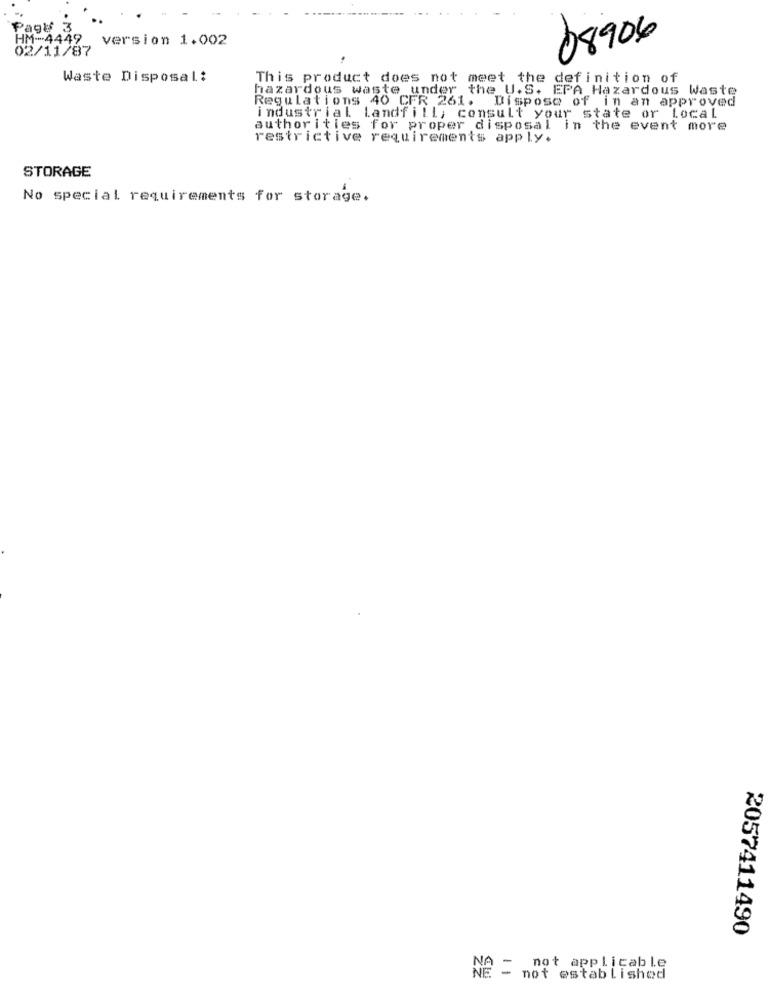
Page 3
HM -- 4449
version 1.002
08906
02/11/87
Waste Disposal:
This product does not meet the definition of
hazardous waste under the U.S. EPA Hazardous Waste
Regulations 40 CFR 261. Dispose of in an approved
industrial Landfill; consult your state or Local
authorities for proper disposal in the event more
restrictive requirements apply.
STORAGE
No special requirements for storage.
2057411490
NA =.
not applicable
not established